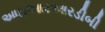
આઇઆરઆરડીબી